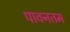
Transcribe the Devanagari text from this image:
पावनतम